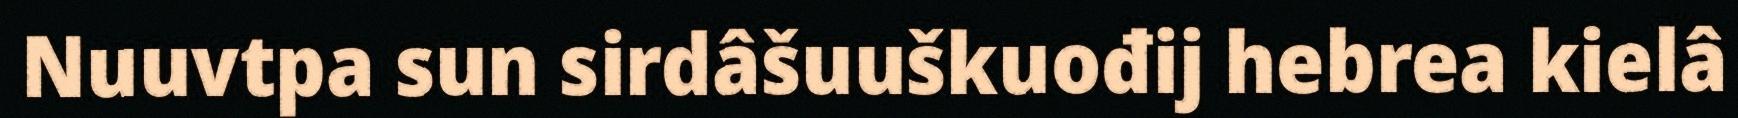
Nuuvtpa sun sirdâšuuškuođij hebrea kielâ